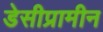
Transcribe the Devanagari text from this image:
डेसीप्रामीन